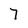
Character: 7